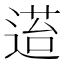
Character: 𬨴